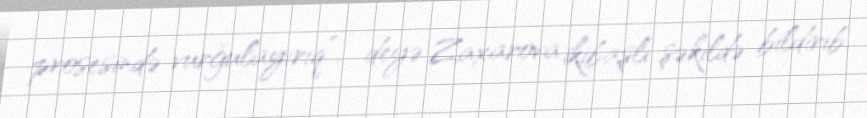
prosesində vurğulayırıq”, - deyə Zaxarova ikibaşlı şəkildə bildirib.